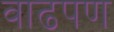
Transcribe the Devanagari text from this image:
वाढपण